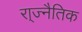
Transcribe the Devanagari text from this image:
रा्ज्नैतिक